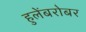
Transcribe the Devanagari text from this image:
हुलेंबरोबर